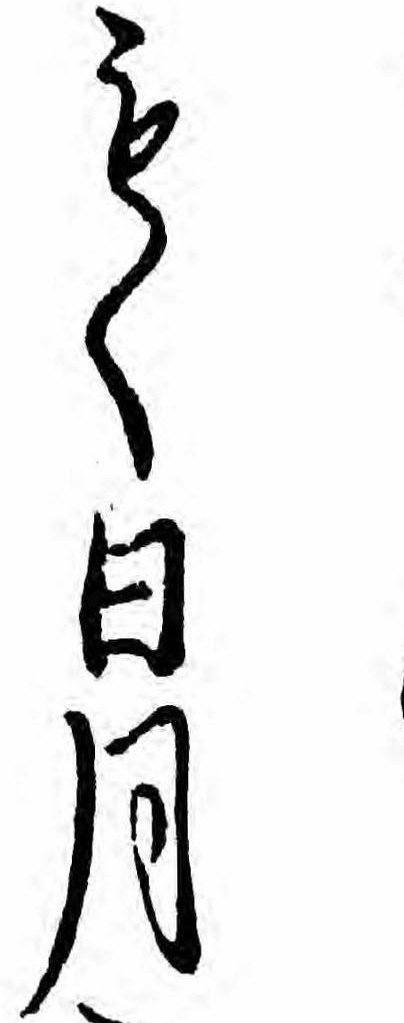
もく日月